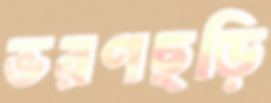
ভরণছড়ি